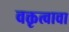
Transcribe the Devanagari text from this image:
वक्तृत्वाचा